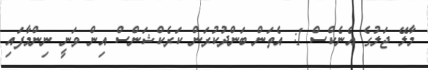
މާލޭ ޖަލުގެ އެނެކްސް 1: އެތަން ބަންދުކުރަން ކަރެކްޝަންސް އިން ވަނީ ނިންމާފައި